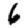
Digit: 6